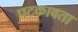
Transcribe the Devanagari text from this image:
पटकावता